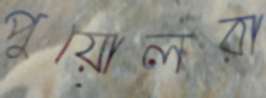
পুয়োলরা